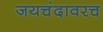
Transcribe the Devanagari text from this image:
जयचंदावरच